Vaccine operations Central Provinces 1886-1899 - 1886-1899
Year: 1886
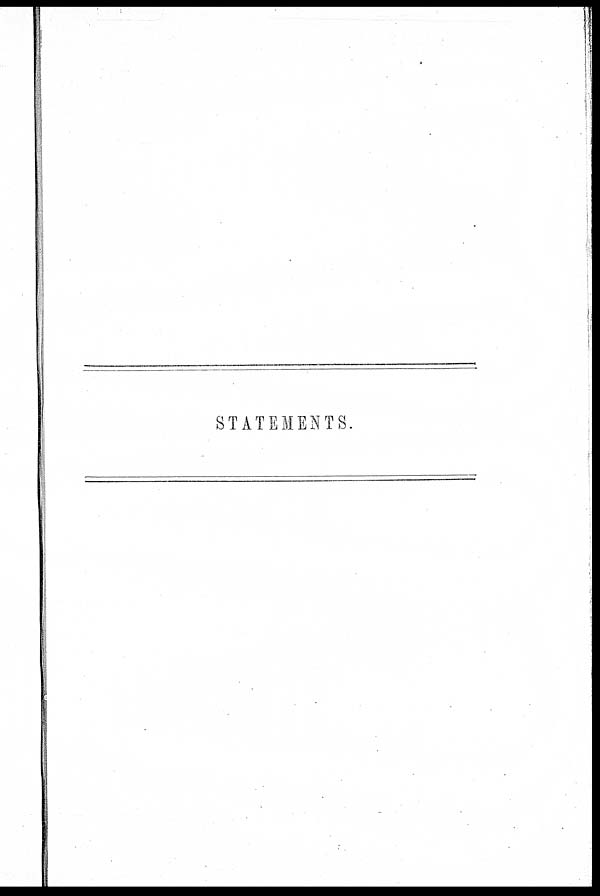
STATEMENTS.